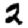
Digit: 2